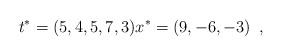
LaTeX: \begin{align*} t^*=(5,4,5,7,3) x^*=(9,-6,-3) \enspace , \end{align*}